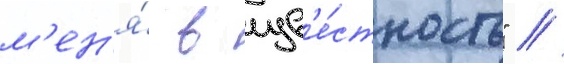
м'ен'я́ в изв'е́стность" //